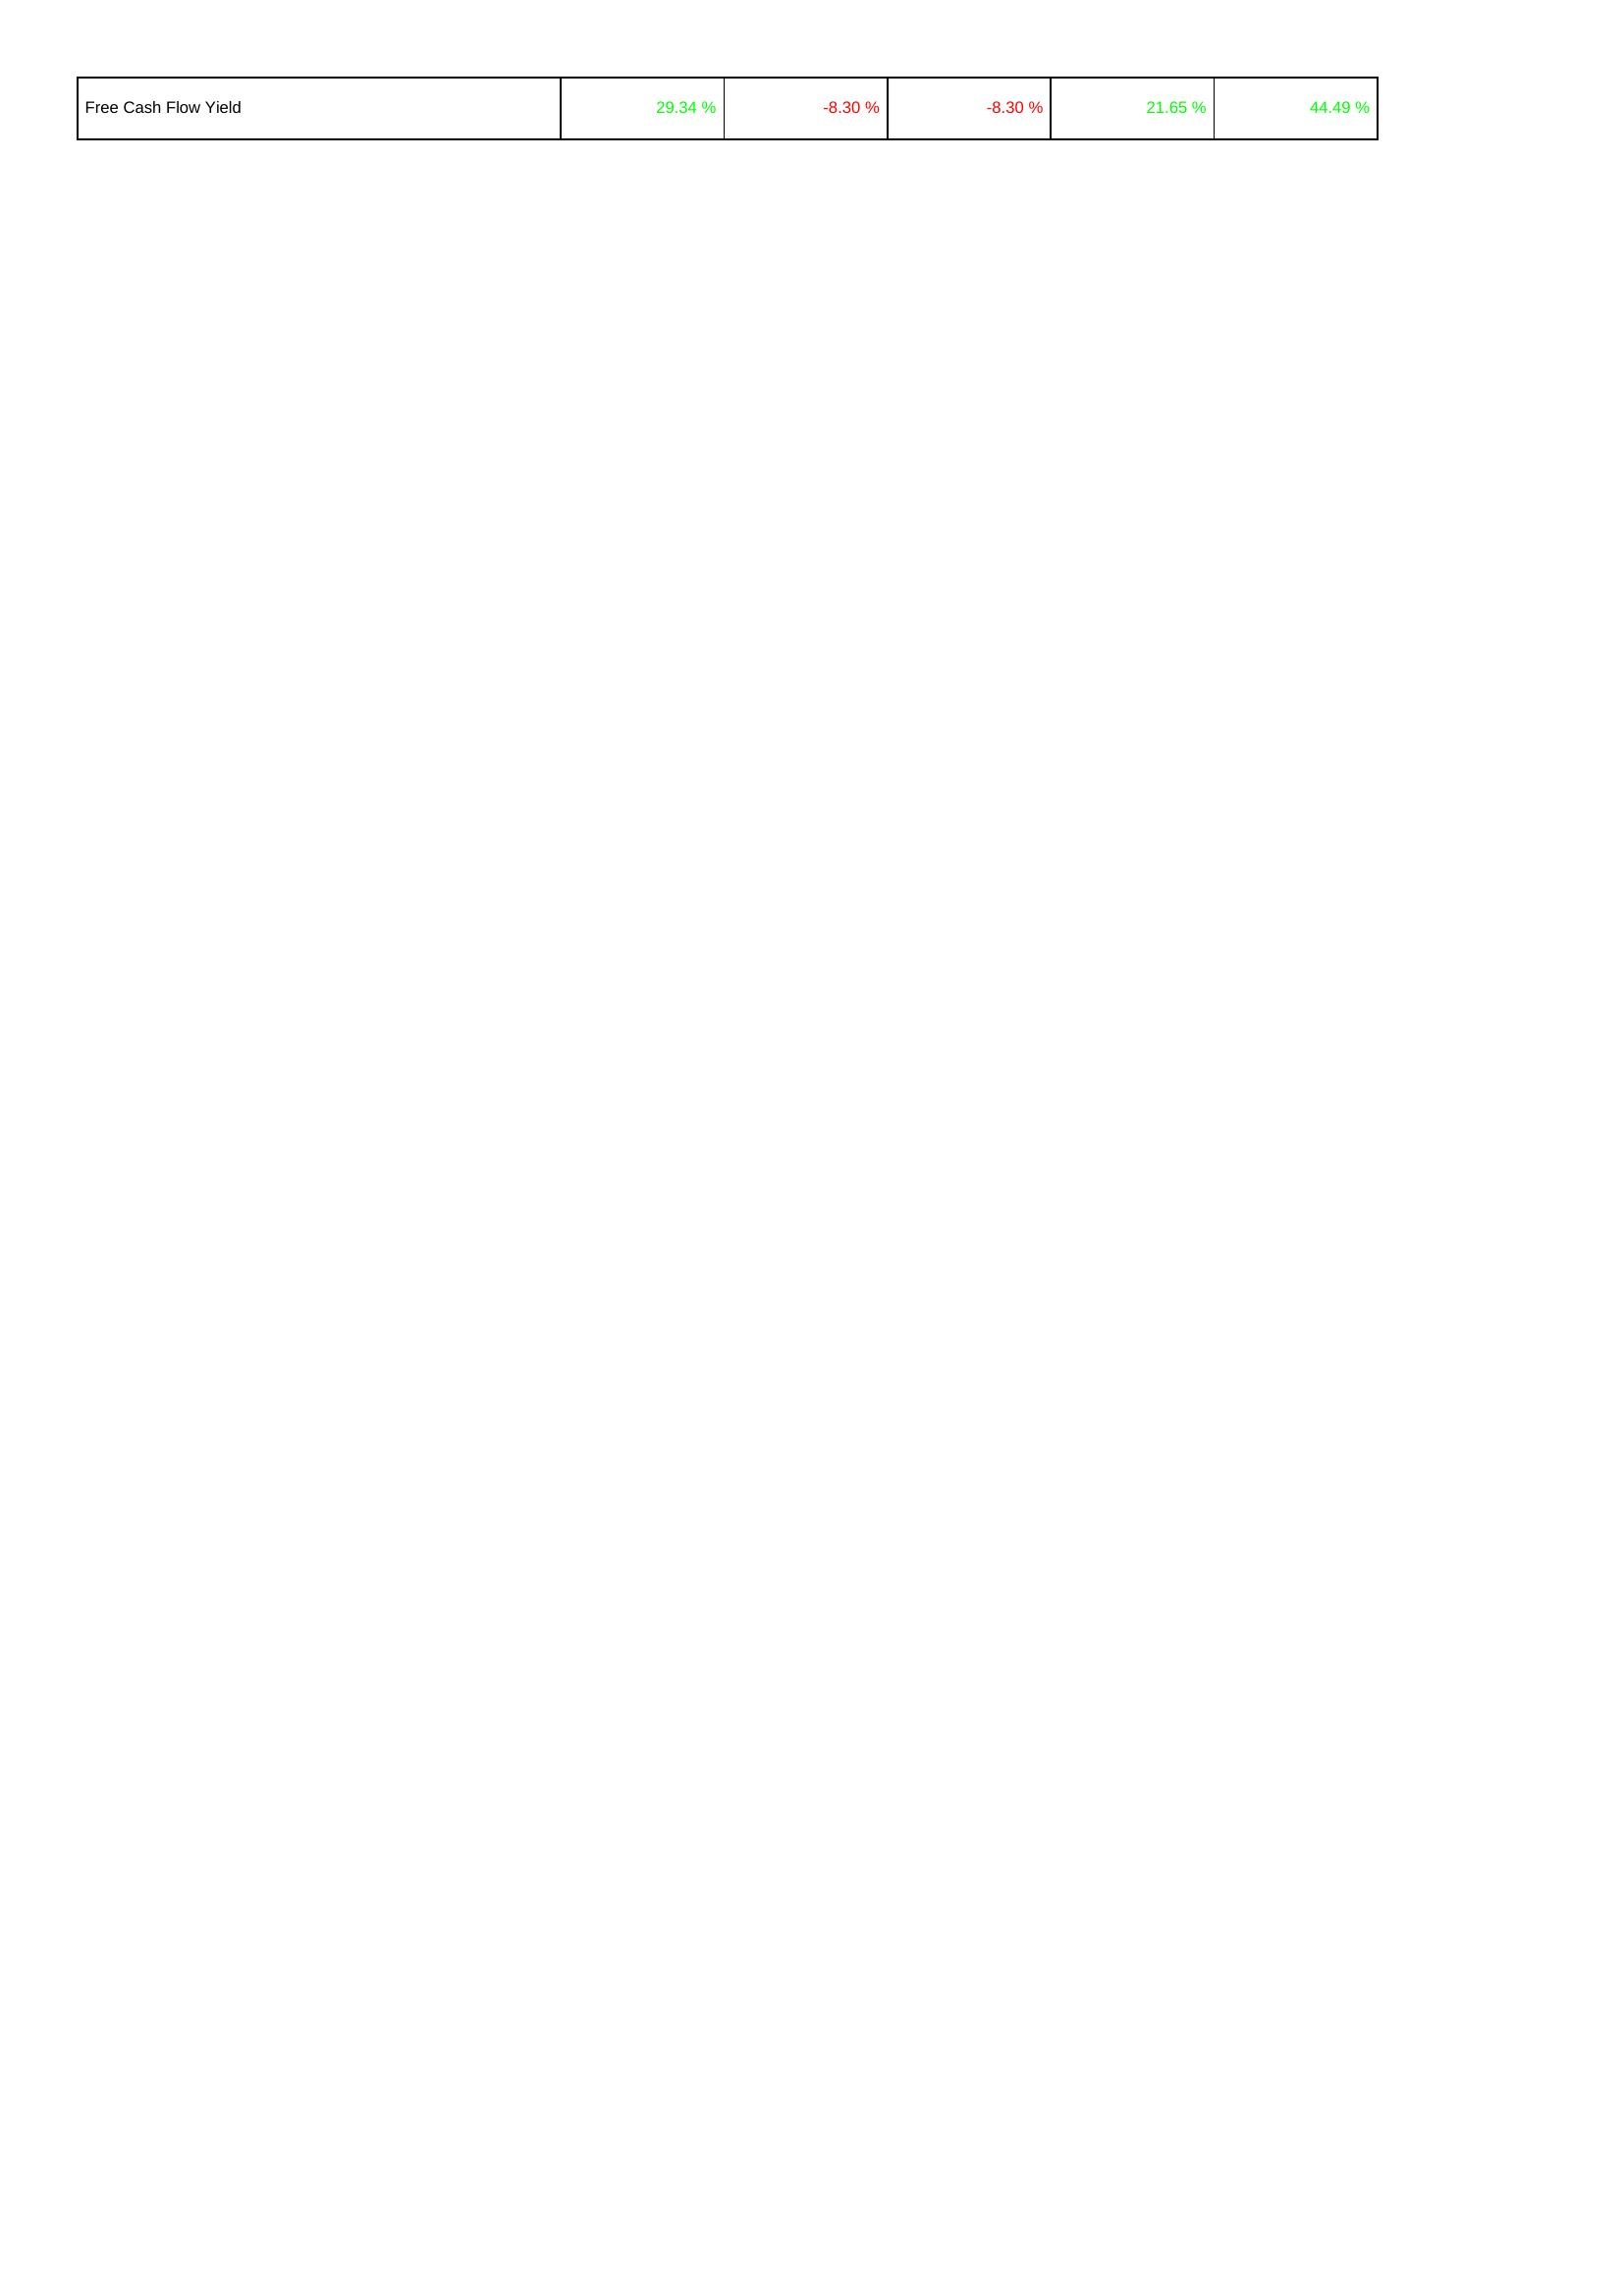
2009: Financing Activities: Free Cash Flow Yield: 29.34 %
2008: Financing Activities: Free Cash Flow Yield: -8.30 %
2007: Financing Activities: Free Cash Flow Yield: -8.30 %
2006: Financing Activities: Free Cash Flow Yield: 21.65 %
2005: Financing Activities: Free Cash Flow Yield: 44.49 %